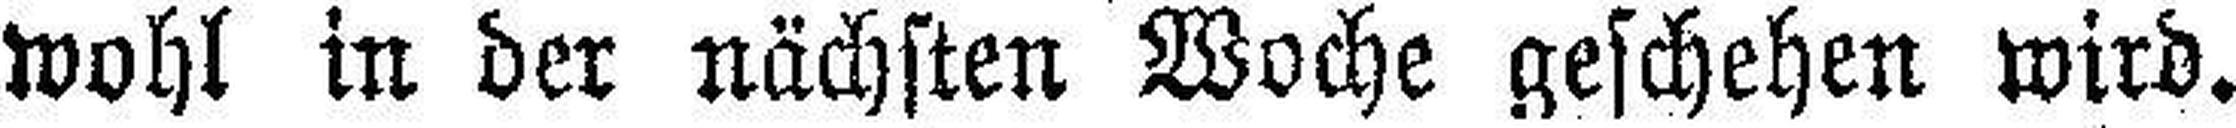
wohl in der nächsten Woche geschehen wird.